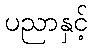
ပညာနှင့်